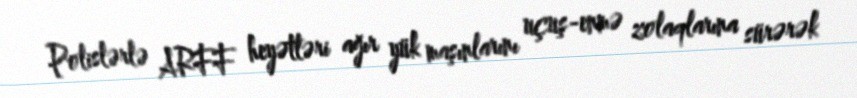
Polislərlə ARFF heyətləri ağır yük maşınlarını uçuş-enmə zolaqlarına sürərək